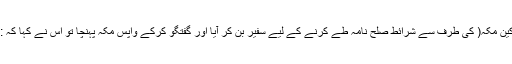
اسی طرح صلح حدیبیہ میں بدیل بن ورقاء مشرکین مَکّہ( کی طرف سے شرائط صلح نامہ طے کرنے کے لیے سفیر بن کر آیا اور گفتگو کرکے واپس مَکّہ پہنچا تو اُس نے کہا کہ :”ہم تمہارے پاس اِس آدمی سے ہو کر آئے ہیں ۔